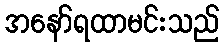
အနော်ရထာမင်းသည်